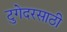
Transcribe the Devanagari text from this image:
टुगेदरसाठी